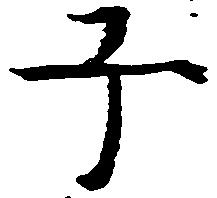
子